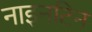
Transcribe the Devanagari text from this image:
नाइनटिन